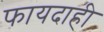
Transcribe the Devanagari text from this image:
फायदाही